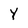
Character: Y